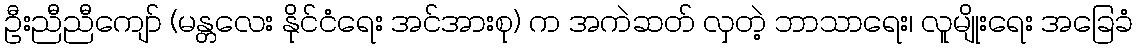
ဦးညီညီကျော် (မန္တလေး နိုင်ငံရေး အင်အားစု) က အကဲဆတ် လှတဲ့ ဘာသာရေး၊ လူမျိုးရေး အခြေခံ